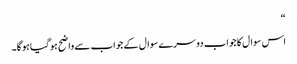
“
اس سوال کا جواب دوسرے سوال کے جواب سے واضح ہوگیا ہوگا۔